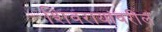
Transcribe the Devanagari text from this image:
शिवरायांवरील